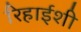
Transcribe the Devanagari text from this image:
रिहाईशी